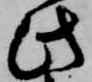
此